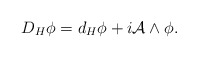
\begin{align*}D_H \phi =d_H \phi +i{\mathcal A}\wedge \phi.\end{align*}